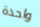
واحدة